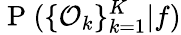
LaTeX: \mathrm{~P~}(\{ \mathcal{O}_{k}\} _{k=1}^{K}|f)